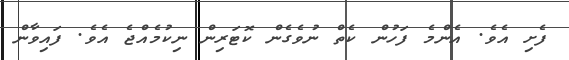
ފެށި އެވެ. އެންމެ ފަހުން ކެތް ނުވެގެން ކޮޓަރިން ނިކުމެއްޖެ އެވެ. ފައިވާން